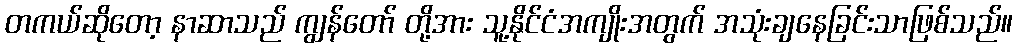
တကယ်ဆိုတော့ နာဆာသည် ကျွန်တော် တို့အား သူ့နိုင်ငံအကျိုးအတွက် အသုံးချနေခြင်းသာဖြစ်သည်။